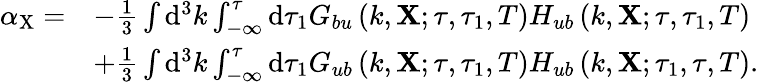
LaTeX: \begin{array}{rl}{\alpha_{\mathrm{X}}=}&{-\frac{1}{3}\int\mathrm{d}^{3}k\int_{-\infty}^{\tau}\mathrm{d}\tau_{1}G_{bu}\left(k,\mathbf{X};\tau,\tau_{1},T\right)H_{ub}\left(k,\mathbf{X};\tau,\tau_{1},T\right)}\\ &{+\frac{1}{3}\int\mathrm{d}^{3}k\int_{-\infty}^{\tau}\mathrm{d}\tau_{1}G_{ub}\left(k,\mathbf{X};\tau,\tau_{1},T\right)H_{ub}\left(k,\mathbf{X};\tau_{1},\tau,T\right).}\end{array}